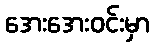
အေးအေးဝင်းမှာ